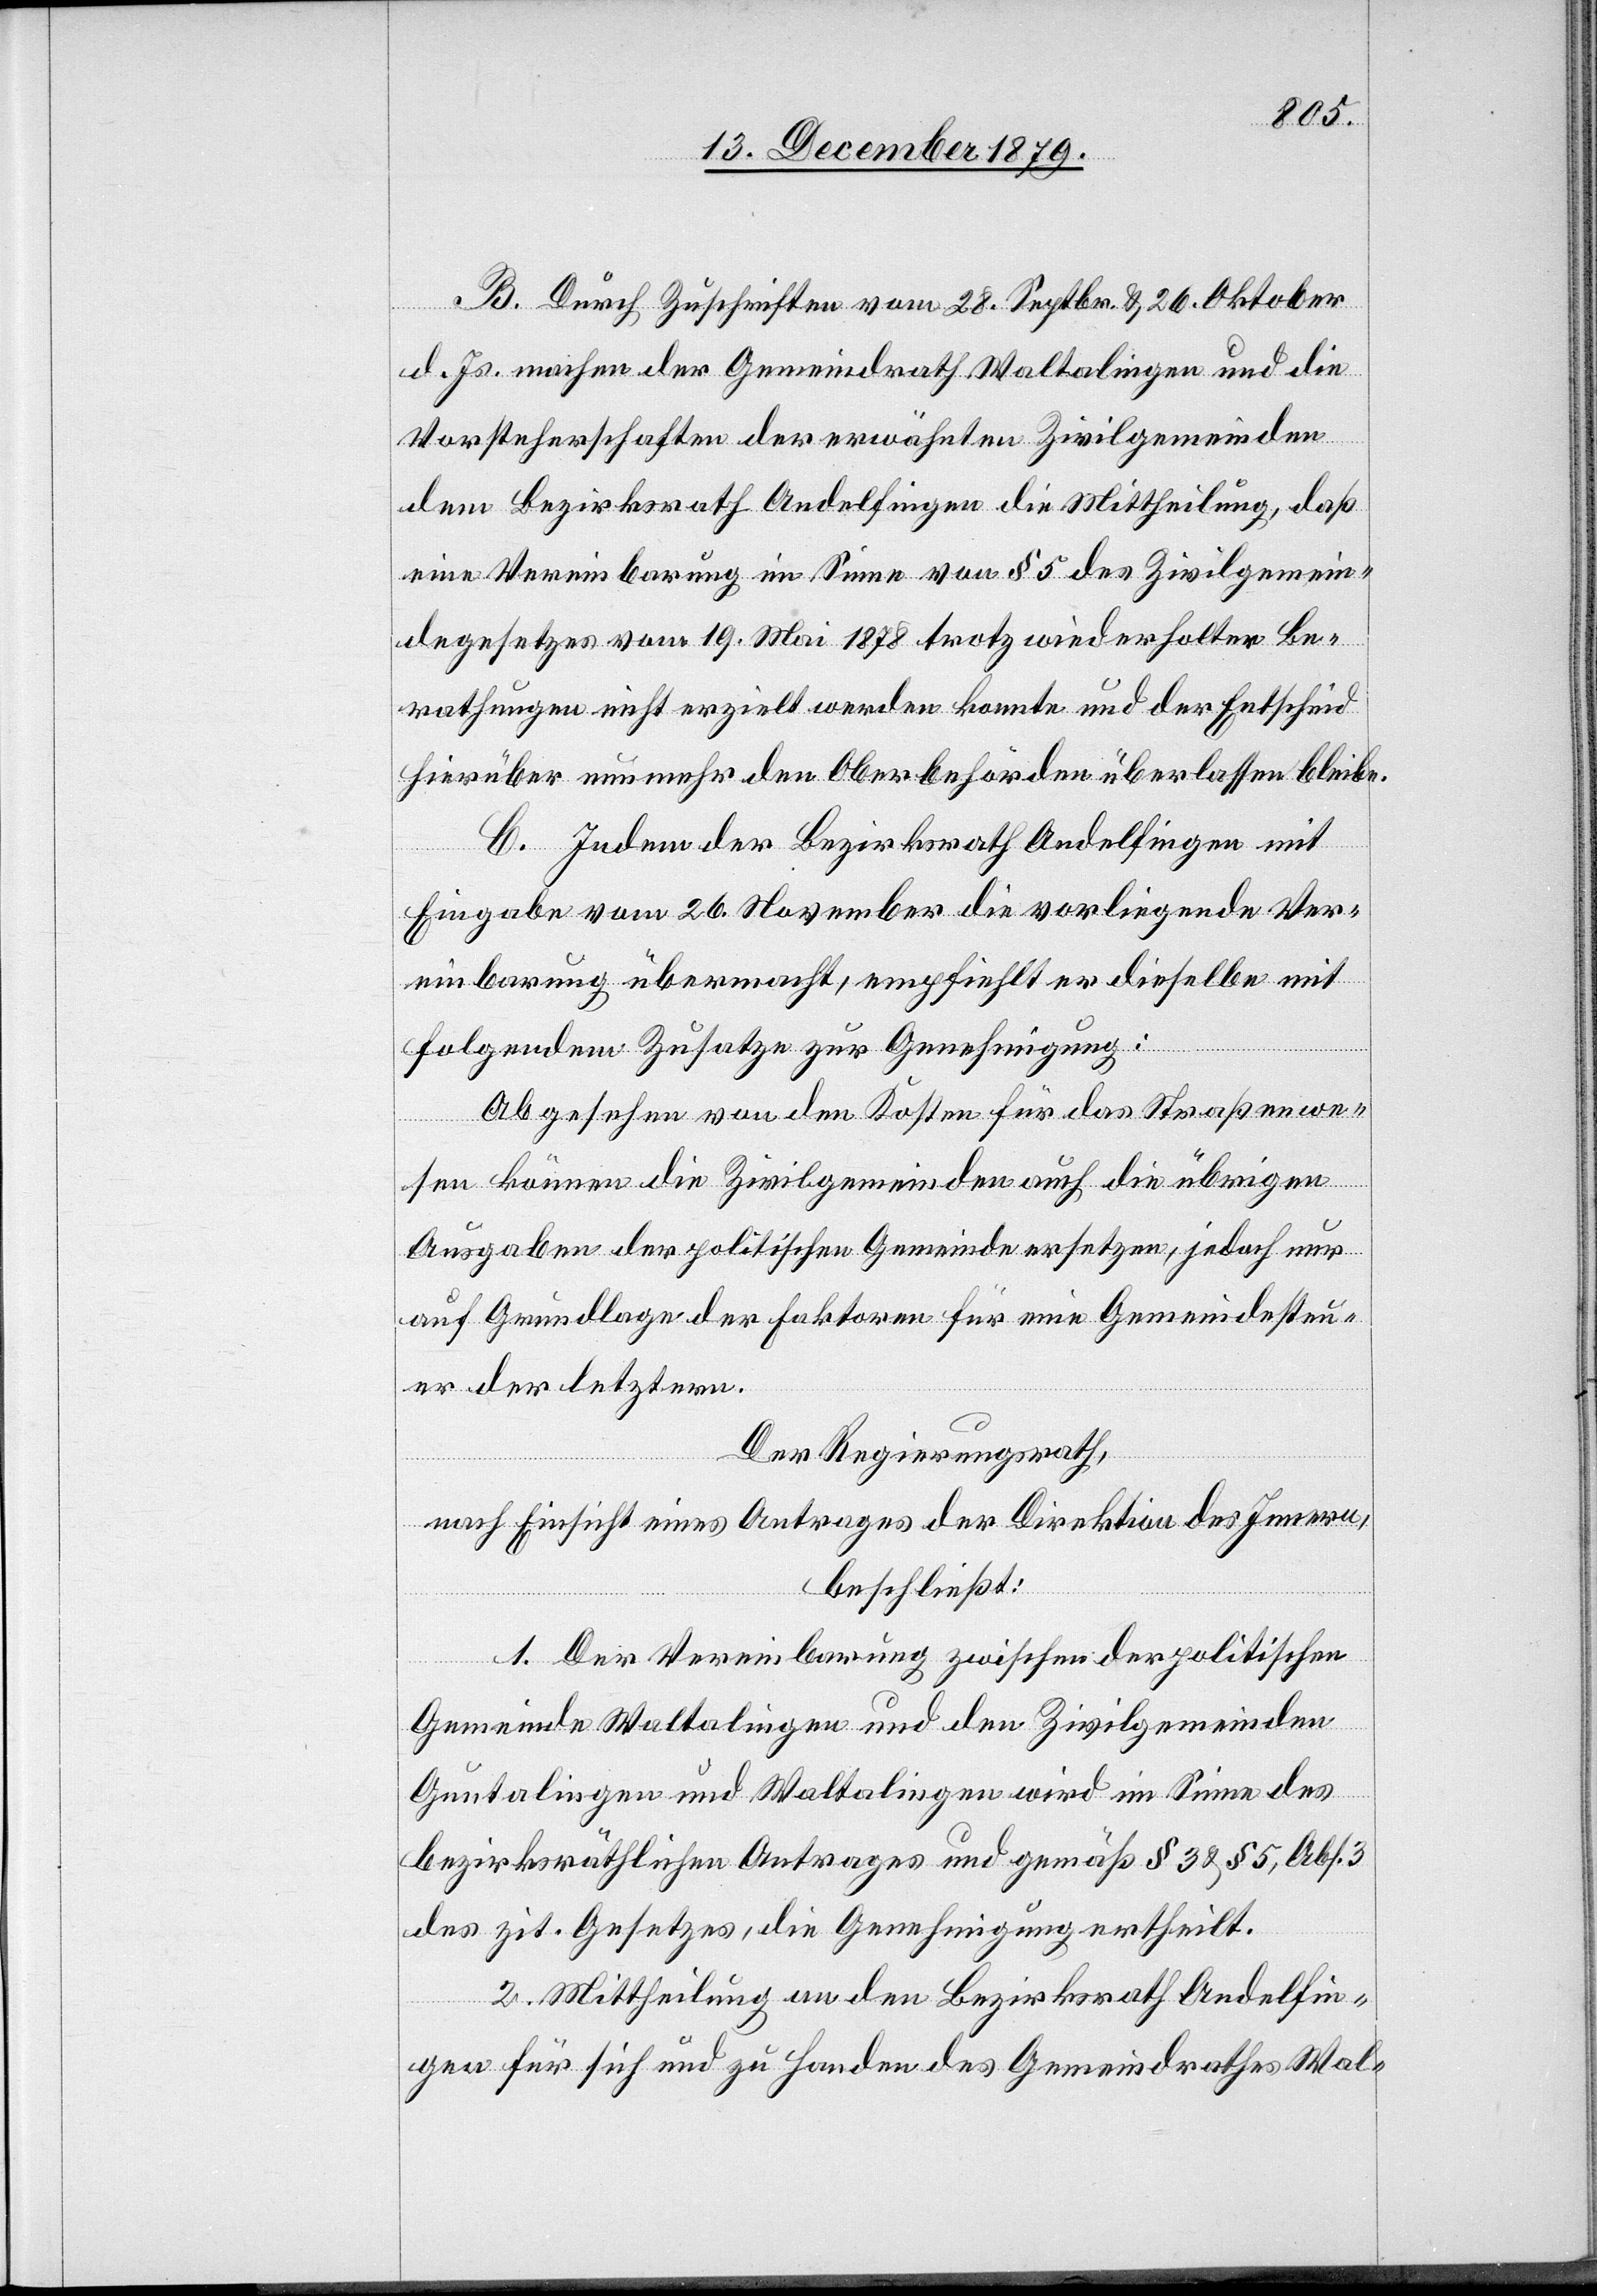
B. Durch Zuschriften vom 28. Septbr. & 26. Oktober
d. Js. machen der Gemeindrath Waltalingen und die
Vorsteherschaften der erwähnten Zivilgemeinden
dem Bezirksrath Andelfingen die Mittheilung, daß
eine Vereinbarung im Sinne von § 5 des Zivilgemein¬
degesetzes vom 19. Mai 1878 trotz wiederholter Be¬
rathungen nicht erzielt werden konnte und der Entscheid
hierüber nunmehr den Oberbehörden überlassen bleibe.
C. Indem der Bezirksrath Andelfingen mit
Eingabe vom 26. November die vorliegende Ver¬
einbarung übermacht, empfiehlt er dieselbe mit
folgendem Zusatze zur Genehmigung:
Abgesehen von den Kosten für das Straßenwe¬
sen können die Zivilgemeinden auch die übrigen
Ausgaben der politischen Gemeinde ersetzen, jedoch nur
auf Grundlage der Faktoren für eine Gemeindesteu¬
er der letztern.
Der Regierungsrath,
nach Einsicht eines Antrages der Direktion des Innern,
beschließt:
1. Der Vereinbarung zwischen der politischen
Gemeinde Waltalingen und den Zivilgemeinden
Guntalingen und Waltalingen wird im Sinne des
bezirksräthlichen Antrages und gemäß § 2 & § 5, Abs. 3
des zit. Gesetzes, die Genehmigung ertheilt.
2. Mittheilung an den Bezirksrath Andelfin¬
gen für sich und zu Handen des Gemeindrathes Wal-